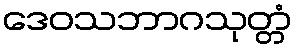
ဒေဝသဘာဂသုတ္တံ